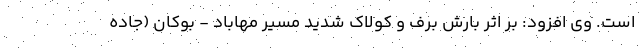
است. وی افزود: بر اثر بارش برف و کولاک شدید مسیر مهاباد - بوکان (جاده